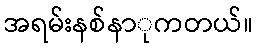
အရမ်းနစ်နာုကတယ်။